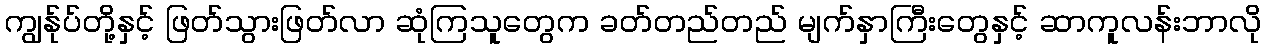
ကျွန်ုပ်တို့နှင့် ဖြတ်သွားဖြတ်လာ ဆုံကြသူတွေက ခတ်တည်တည် မျက်နှာကြီးတွေနှင့် ဆာကူလန်းဘာလို